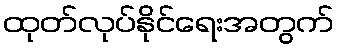
ထုတ်လုပ်နိုင်ရေးအတွက်